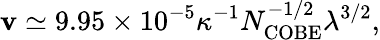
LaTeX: \mathbf{v}\simeq9.95\times10^{-5}\kappa^{-1}N_{\mathrm{{COBE}}}^{-1/2}\lambda^{3/2},